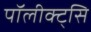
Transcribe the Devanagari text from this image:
पॉलीक्ट्सि